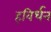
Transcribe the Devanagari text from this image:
हविर्धन